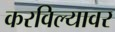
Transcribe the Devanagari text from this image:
करविल्यावर